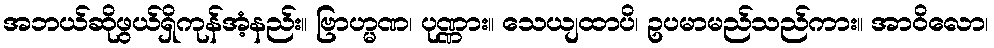
အဘယ်ဆိုဖွယ်ရှိကုန်အံ့နည်း။ ဗြာဟ္မဏ၊ ပုဏ္ဏား။ သေယျထာပိ၊ ဥပမာမည်သည်ကား။ အာဝိလော၊